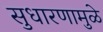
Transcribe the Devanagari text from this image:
सुधारणामुळे